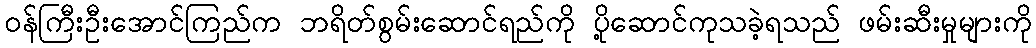
ဝန်ကြီးဦးအောင်ကြည်က ဘရိတ်စွမ်းဆောင်ရည်ကို ပို့ဆောင်ကုသခဲ့ရသည် ဖမ်းဆီးမှုများကို